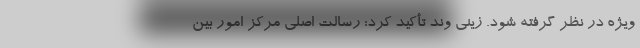
ویژه در نظر گرفته شود. زینی وند تأکید کرد: رسالت اصلی مرکز امور بین